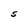
Character: S